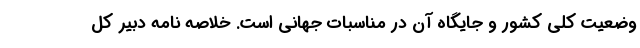
وضعیت کلی کشور و جایگاه آن در مناسبات جهانی است. خلاصه نامه دبیر کل